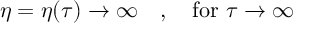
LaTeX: \eta = \eta ( \tau ) \to \infty \quad , \quad \mathrm { f o r } ~ \tau \to \infty